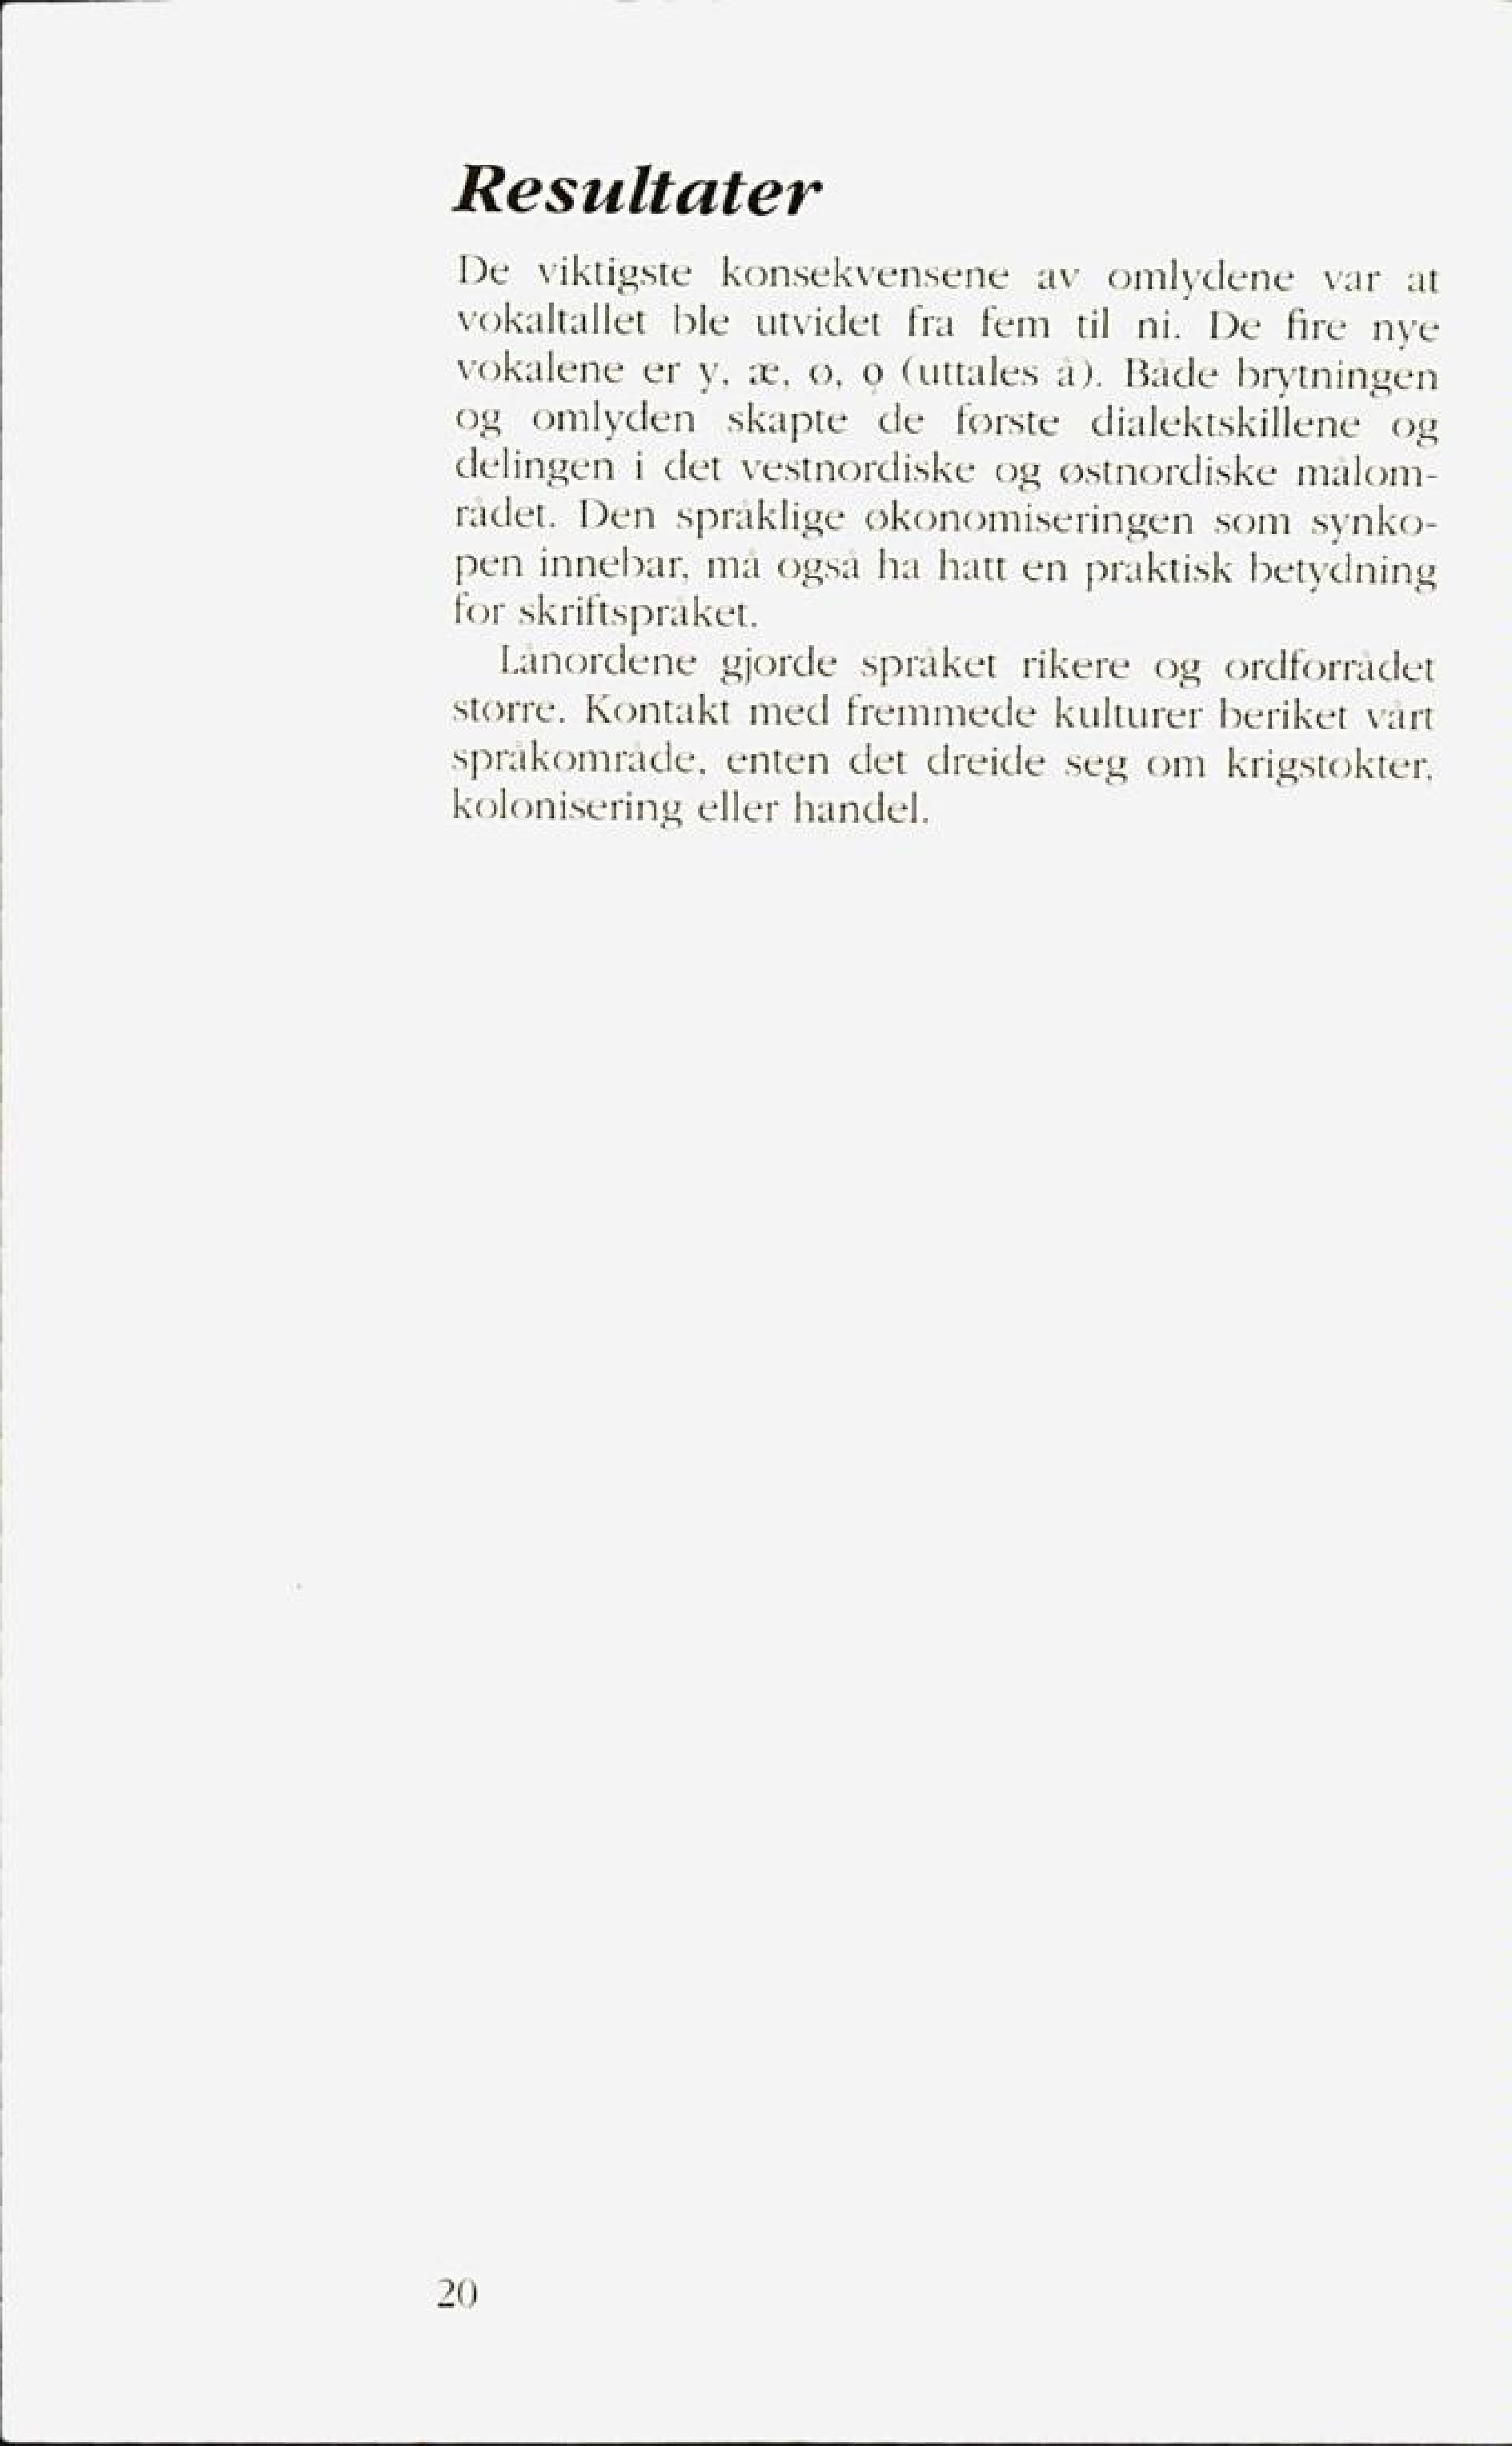
Language: no